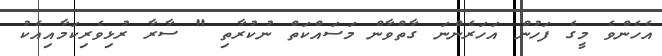
އެހެންވެ މީގެ ފަހުން އަހަރެންނަ ގާތްވާން މަސައްކަތް ނުކުރާތި " ސާރާ ރުޅިވެރިކަމާއިއެކު